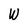
Character: W